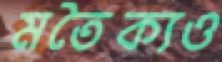
মতৈক্যও